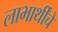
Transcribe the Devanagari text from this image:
लाभार्थींचे